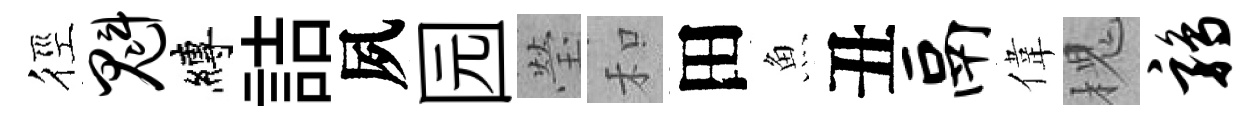
徑魁縛詰夙园瑩和田魚丑鬲偉槐鹑